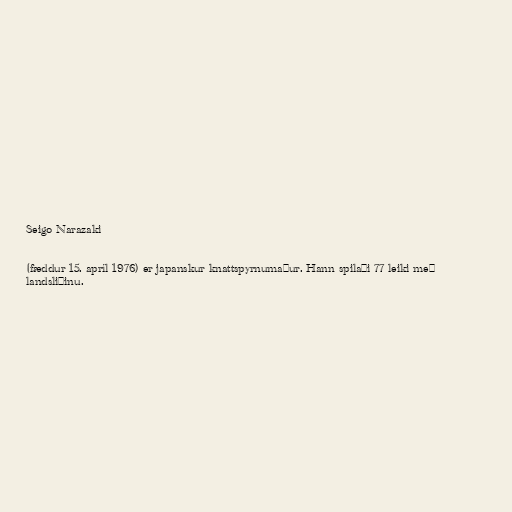
Seigo Narazaki

(fæddur 15. apríl 1976) er japanskur knattspyrnumaður. Hann spilaði 77 leiki með
landsliðinu.